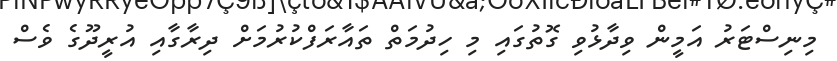
މިނިސްޓަރު އަމީން ވިދާޅުވި ގޮތުގައި މި ހިދުމަތް ތައާރަފްކުރުމަށް ދިރާގާއި އުރީދޫގެ ވެސް